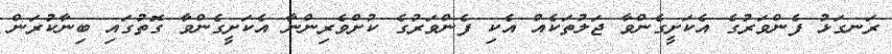
ރަނގަޅު ފެންވަރުގެ އެކަށީގެންވާ ޖަލުތަކެއް އެކި ފެންވަރުގެ ކުށްވެރިންނާ އެކަށީގެންވާ ގޮތުގައި ބިނާކުރަން